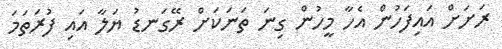
ރަށަށް އައިފަހުން އެހާ މީހުން ގިނަ ތަނަކަށް ރޭގަނޑު ޔަލާ އައި ފުރަތަމަ